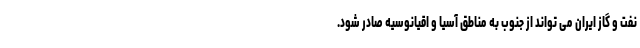
نفت و گاز ایران می تواند از جنوب به مناطق آسیا و اقیانوسیه صادر شود.